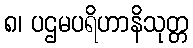
၈၊ ပဌမပရိဟာနိသုတ္တ